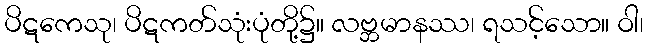
ပိဋကေသု၊ ပိဋကတ်သုံးပုံတို့၌။ လဗ္ဘမာနဿ၊ ရသင့်သော။ ဝါ၊